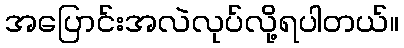
အပြောင်းအလဲလုပ်လို့ရပါတယ်။